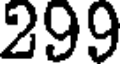
299